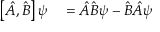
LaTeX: \begin{array} { r l } { \left[ { \hat { A } } , { \hat { B } } \right] \psi } & { { } = { \hat { A } } { \hat { B } } \psi - { \hat { B } } { \hat { A } } \psi } \end{array}